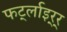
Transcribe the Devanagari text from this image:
फर्ट्लाइर्‍र्